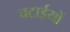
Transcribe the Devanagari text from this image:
चटाईयों